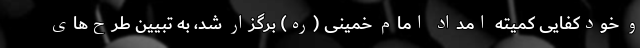
و خودکفایی کمیته امداد امام خمینی (ره) برگزار شد، به تبیین طرح‌های